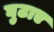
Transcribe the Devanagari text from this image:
घुटाए